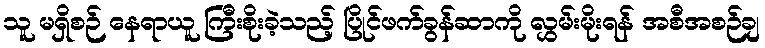
သူ မရှိစဉ် နေရာယူ ကြီးစိုးခဲ့သည့် ပြိုင်ဖက်ခွန်ဆာကို လွှမ်းမိုးရန် အစီအစဉ်ချ